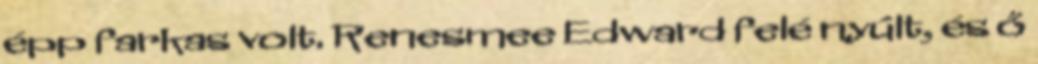
épp farkas volt. Renesmee Edward felé nyúlt, és ő